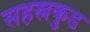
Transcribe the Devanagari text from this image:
सहस्रकुड